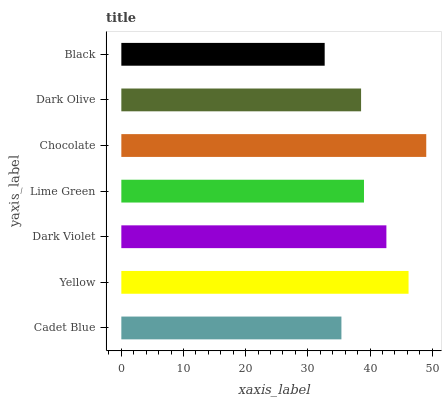
| yaxis_label | bars |
 | --- | --- |
 | Cadet Blue | 35.4 |
 | Yellow | 46.2 |
 | Dark Violet | 42.6 |
 | Lime Green | 39 |
 | Chocolate | 49 |
 | Dark Olive | 38.6 |
 | Black | 32.7 |